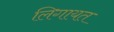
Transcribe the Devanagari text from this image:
लिगायत